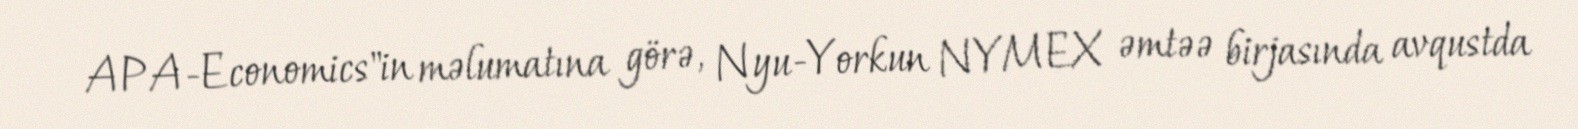
APA-Economics"in məlumatına görə, Nyu-Yorkun NYMEX əmtəə birjasında avqustda